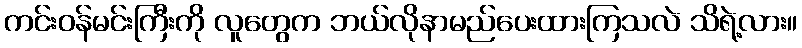
ကင်းဝန်မင်းကြီးကို လူတွေက ဘယ်လိုနာမည်ပေးထားကြသလဲ သိရဲ့လား။